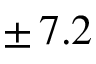
\pm \, 7 . 2